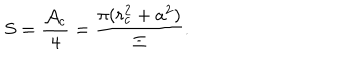
S = \frac { \mathcal { A } _ { c } } 4 = \frac { \pi ( r _ { c } ^ { 2 } + a ^ { 2 } ) } \Xi .